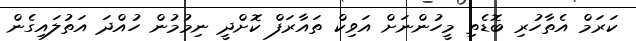
ކަރަމް އެތާހުރި ބޮޑެތި މީހުންނަށް އަވިކް ތައާރަފް ކޮށްދީ ނިމުމުން ހުއްދަ އަތުލައިގެން